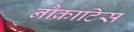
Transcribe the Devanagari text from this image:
नौक्राटिस